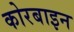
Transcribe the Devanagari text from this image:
कोरबाइन